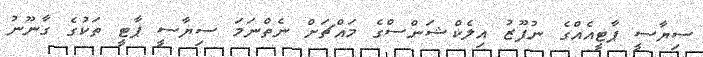
ސިޔާސީ ޕާޓީއެއްގެ ނުފޫޒު އިލެކްޝަންސްގެ މައްޗަށް ނެތްނަމަ ސިޔާސީ ޕާޓީ ތަކުގެ ގާނޫނު